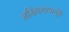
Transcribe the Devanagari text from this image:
लासिकरणामुळे